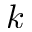
k